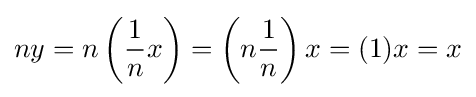
ny=n\left({\frac {1}{n}}x\right)=\left(n{\frac {1}{n}}\right)x=(1)x=x